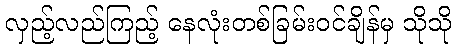
လှည့်လည်ကြည့် နေလုံးတစ်ခြမ်းဝင်ချိန်မှ သိုသို